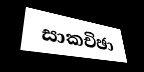
සාකචිඡා